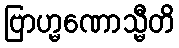
ဗြာဟ္မဏောသ္မီတိ